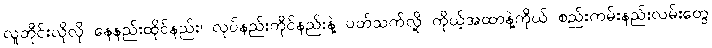
လူတိုင်းလိုလို နေနည်းထိုင်နည်း၊ လုပ်နည်းကိုင်နည်းနဲ့ ပတ်သက်လို့ ကိုယ့်အထာနဲ့ကိုယ် စည်းကမ်းနည်းလမ်းတွေ